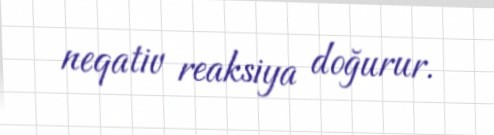
neqativ reaksiya doğurur.